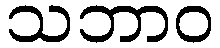
သဘာဝ